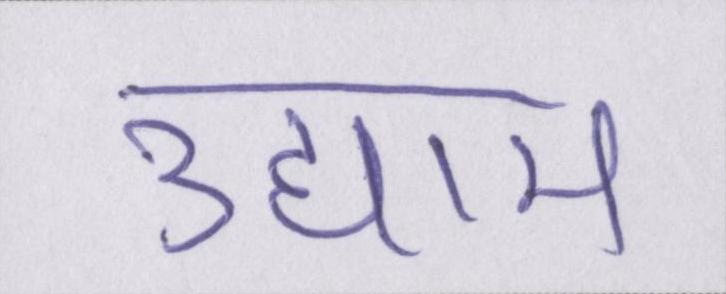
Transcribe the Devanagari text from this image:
उद्याम